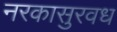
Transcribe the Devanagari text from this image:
नरकासुरवध